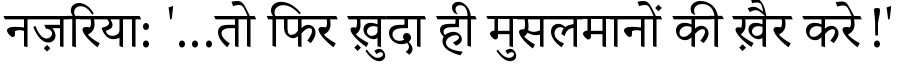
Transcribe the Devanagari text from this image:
नज़रिया: '...तो फिर ख़ुदा ही मुसलमानों की ख़ैर करे!'